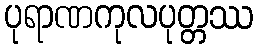
ပုရာဏကုလပုတ္တဿ